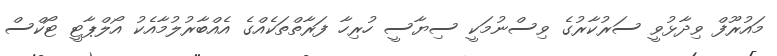
މައުރޫފް ވިދާޅުވީ ސަރުކާރުގެ ވިސްނުމަކީ ސިޔާސީ ހުރިހާ ފަރާތްތަކެއްގެ އެއްބާރުލުމާއެކު އޯލްޕާޓީ ޓޯކްސް